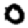
Digit: 0